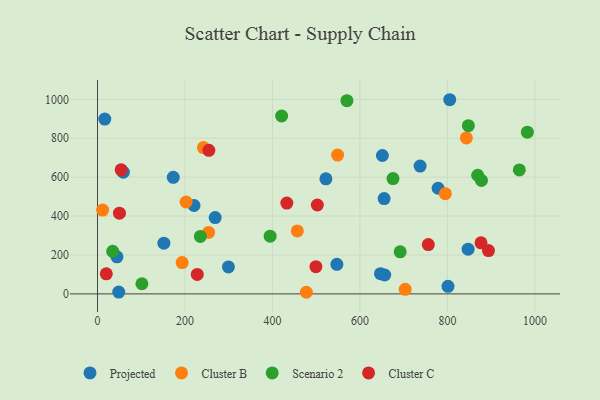
{"axis": {"x": "Speed", "y": "Yield"}, "legend": ["Cluster B", "Cluster C", "Projected", "Scenario 2"], "data": [{"x": "299.3", "y": 138.4, "type": "Projected"}, {"x": "44.5", "y": 190.5, "type": "Projected"}, {"x": "173.2", "y": 599.2, "type": "Projected"}, {"x": "151.7", "y": 260.5, "type": "Projected"}, {"x": "647.0", "y": 104.0, "type": "Projected"}, {"x": "220.7", "y": 454.5, "type": "Projected"}, {"x": "59.0", "y": 625.9, "type": "Projected"}, {"x": "737.6", "y": 657.0, "type": "Projected"}, {"x": "805.3", "y": 998.2, "type": "Projected"}, {"x": "651.3", "y": 711.5, "type": "Projected"}, {"x": "778.7", "y": 543.0, "type": "Projected"}, {"x": "847.3", "y": 229.7, "type": "Projected"}, {"x": "16.6", "y": 898.7, "type": "Projected"}, {"x": "547.3", "y": 152.0, "type": "Projected"}, {"x": "522.2", "y": 591.5, "type": "Projected"}, {"x": "655.3", "y": 490.1, "type": "Projected"}, {"x": "656.6", "y": 97.2, "type": "Projected"}, {"x": "801.3", "y": 39.1, "type": "Projected"}, {"x": "269.0", "y": 392.5, "type": "Projected"}, {"x": "48.6", "y": 9.2, "type": "Projected"}, {"x": "11.7", "y": 430.9, "type": "Cluster B"}, {"x": "477.5", "y": 8.3, "type": "Cluster B"}, {"x": "456.8", "y": 323.7, "type": "Cluster B"}, {"x": "242.2", "y": 752.4, "type": "Cluster B"}, {"x": "795.2", "y": 515.0, "type": "Cluster B"}, {"x": "254.0", "y": 316.1, "type": "Cluster B"}, {"x": "193.5", "y": 161.2, "type": "Cluster B"}, {"x": "548.9", "y": 713.6, "type": "Cluster B"}, {"x": "703.5", "y": 23.5, "type": "Cluster B"}, {"x": "843.3", "y": 801.7, "type": "Cluster B"}, {"x": "202.5", "y": 472.4, "type": "Cluster B"}, {"x": "869.2", "y": 610.0, "type": "Scenario 2"}, {"x": "421.0", "y": 914.6, "type": "Scenario 2"}, {"x": "964.4", "y": 637.3, "type": "Scenario 2"}, {"x": "675.6", "y": 593.0, "type": "Scenario 2"}, {"x": "847.9", "y": 865.0, "type": "Scenario 2"}, {"x": "877.8", "y": 583.3, "type": "Scenario 2"}, {"x": "570.2", "y": 993.4, "type": "Scenario 2"}, {"x": "235.2", "y": 295.3, "type": "Scenario 2"}, {"x": "394.7", "y": 296.5, "type": "Scenario 2"}, {"x": "982.8", "y": 831.5, "type": "Scenario 2"}, {"x": "692.0", "y": 216.4, "type": "Scenario 2"}, {"x": "101.5", "y": 52.2, "type": "Scenario 2"}, {"x": "34.7", "y": 218.9, "type": "Scenario 2"}, {"x": "893.9", "y": 222.8, "type": "Cluster C"}, {"x": "756.3", "y": 253.3, "type": "Cluster C"}, {"x": "254.6", "y": 738.0, "type": "Cluster C"}, {"x": "50.2", "y": 414.7, "type": "Cluster C"}, {"x": "20.1", "y": 103.4, "type": "Cluster C"}, {"x": "228.1", "y": 100.1, "type": "Cluster C"}, {"x": "502.6", "y": 457.1, "type": "Cluster C"}, {"x": "876.8", "y": 262.5, "type": "Cluster C"}, {"x": "54.0", "y": 637.6, "type": "Cluster C"}, {"x": "499.3", "y": 139.7, "type": "Cluster C"}, {"x": "432.8", "y": 467.1, "type": "Cluster C"}]}